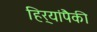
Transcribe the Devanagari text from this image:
हिर्‍यांपैकी